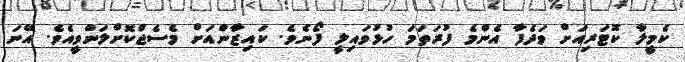
ކެމީލާ ކޮޓަރިއަށް ވަދެފާ އެންމެ ފުރަތަމަ ހުޅުވައިލީ ފޯނެވެ. ކައިޒާންއަށް މެސެޖްކޮށްލަންވީއެވެ. އޭނަ